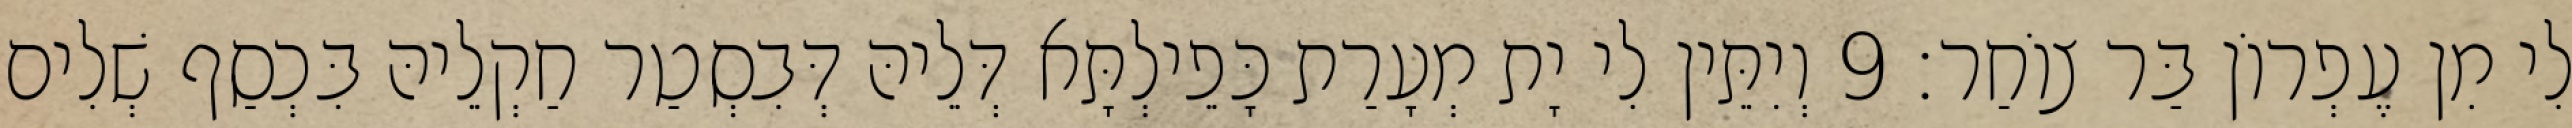
לִי מִן עֶפְרוֹן בַּר צוֹחַר׃ 9 וְיִתֵּין לִי יָת מְעָרַת כָּפֵילְתָּא דְּלֵיהּ דְּבִסְטַר חַקְלֵיהּ בִּכְסַף שְׁלִים